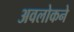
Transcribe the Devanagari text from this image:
अवलोकने